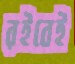
রইবেই